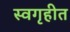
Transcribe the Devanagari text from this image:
स्वगृहीत